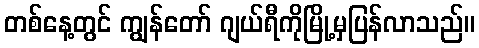
တစ်နေ့တွင် ကျွန်တော် ဂျယ်ရီကိုမြို့မှပြန်လာသည်။